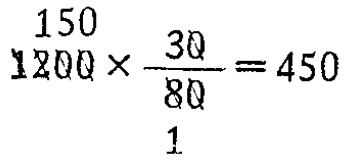
\(150\times\frac{30}{1} = 450\)